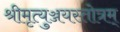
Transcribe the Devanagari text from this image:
श्रीमृत्युञ्जयस्तोत्रम्